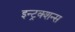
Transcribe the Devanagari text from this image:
इन्ट्रक्शन्स